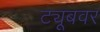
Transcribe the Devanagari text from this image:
ट्यूबवर